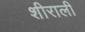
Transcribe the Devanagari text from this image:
शीराली